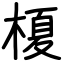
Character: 榎